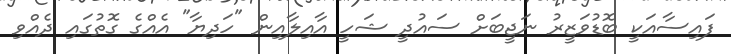
ފައިސާއަކީ ބޮޑުވަޒީރު ނަޖީބަށް ސައުދީ ޝަހީ އާއިލާއިން "ހަދިޔާ" އެއްގެ ގޮތުގައި ދެއްވި